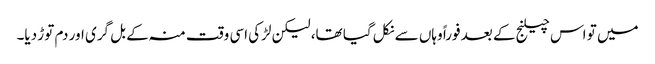
میں تو اس چیلنج کے بعد فوراً وہاں سے نکل گیا تھا، لیکن لڑکی اسی وقت منہ کے بل گری اور دم توڑ دیا۔